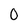
Character: 0